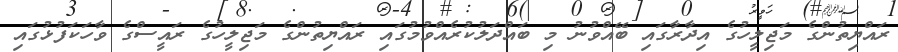
ރައްޔިތުންގެ މަޖިލީހުގެ އިދާރާގައި ބޭއްވުނު މި ބައްދަލުކުރެއްވުމުގައި ރައްޔިތުންގެ މަޖިލީހުގެ ރައީސްގެ ވާހަކަފުޅުގައި